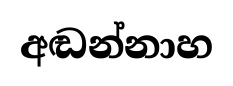
අඬන්නාහ